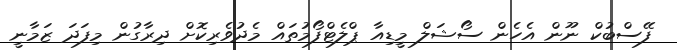
ފޭސްބުކް ނޫން އެހެން ސޯޝަލް މީޑިއާ ޕްލެޓްފޯމުތައް މެދުވެރިކޮށް ދިރާގުން މިފަދަ ޒަމާނީ